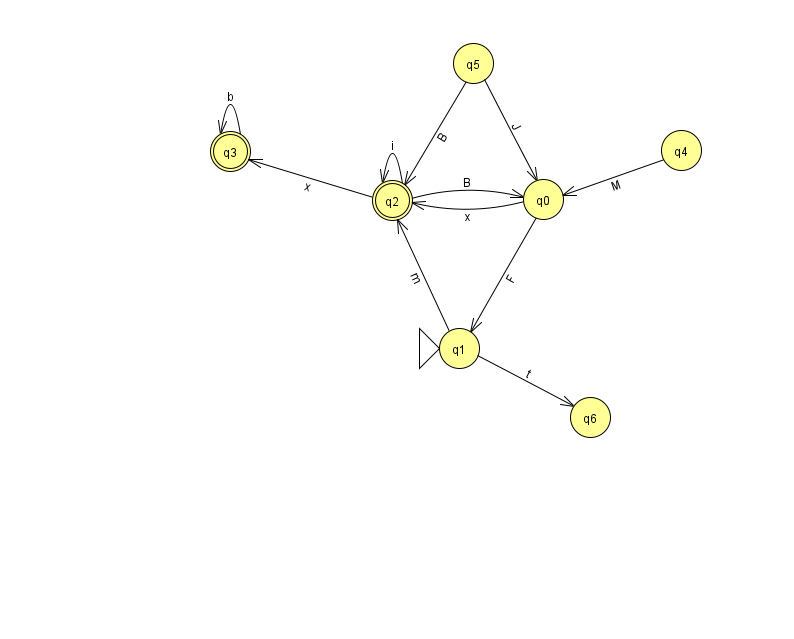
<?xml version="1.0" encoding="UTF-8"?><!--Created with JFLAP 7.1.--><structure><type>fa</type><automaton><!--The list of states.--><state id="0" name="q0"><x>543.0</x><y>186.0</y></state><state id="1" name="q1"><x>459.0</x><y>335.0</y><initial/></state><state id="2" name="q2"><x>392.0</x><y>187.0</y><final/></state><state id="3" name="q3"><x>230.0</x><y>138.0</y><final/></state><state id="4" name="q4"><x>681.0</x><y>137.0</y></state><state id="5" name="q5"><x>473.0</x><y>50.0</y></state><state id="6" name="q6"><x>590.0</x><y>404.0</y></state><!--The list of transitions.--><transition><from>0</from><to>1</to><read>F</read></transition><transition><from>3</from><to>3</to><read>b</read></transition><transition><from>4</from><to>0</to><read>M</read></transition><transition><from>5</from><to>0</to><read>J</read></transition><transition><from>2</from><to>0</to><read>B</read></transition><transition><from>1</from><to>6</to><read>t</read></transition><transition><from>5</from><to>2</to><read>B</read></transition><transition><from>2</from><to>2</to><read>i</read></transition><transition><from>2</from><to>3</to><read>x</read></transition><transition><from>0</from><to>2</to><read>x</read></transition><transition><from>1</from><to>2</to><read>m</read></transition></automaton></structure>